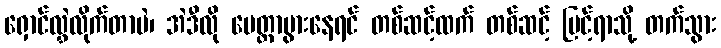
ရှောင်လွှဲလိုက်တာပဲ၊ အဲဒီလို မေတ္တာပွားနေရင် တစ်ဆင့်ထက် တစ်ဆင့် မြင့်ရာသို့ တက်သွား